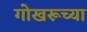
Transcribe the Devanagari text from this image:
गोखरूच्या